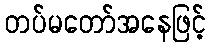
တပ်မတော်အနေဖြင့်